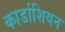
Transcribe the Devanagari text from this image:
कार्डाशियन